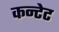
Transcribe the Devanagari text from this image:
कन्टेट